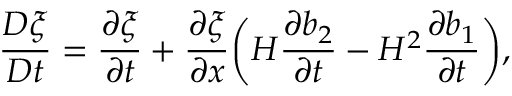
\frac { D \xi } { D t } = \frac { \partial \xi } { \partial t } + \frac { \partial \xi } { \partial x } \bigg ( H \frac { \partial b _ { 2 } } { \partial t } - H ^ { 2 } \frac { \partial b _ { 1 } } { \partial t } \bigg ) ,